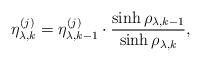
LaTeX: \begin{align*}\eta_{\lambda,k}^{(j)} = \eta_{\lambda,k-1}^{(j)} \cdot \frac{\sinh \rho_{\lambda,k-1}}{\sinh \rho_{\lambda,k}}, \end{align*}